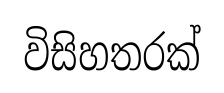
විසිහතරක්